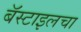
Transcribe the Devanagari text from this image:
बॅस्टाइलचा